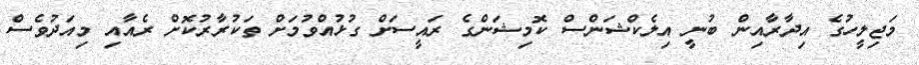
މަޖިލީހުގެ އިދާރާއިން ބުނީ އިލެކްޝަންސް ކޮމިޝަންގެ ރައީސަށް ގުޅުއްވުމަށް ތަކުރާރުކޮށް ރެއާއި މިއަދުވެސް